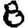
Digit: 8